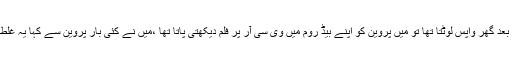
ڈینو کا کہناتھا کہ میں جب فلم کے سیٹ سے پیک اپ کرنے کے بعد گھر واپس لوٹتا تھا تو میں پروین کو اپنے بیڈ روم میں وی سی آر پر فلم دیکھتی پاتا تھا ،میں نے کئی بار پروین سے کہا یہ غلط ہے لیکن وہ کہتی تھی کہ ہم اب صرف دوست ہیں اور کچھ نہیں ۔